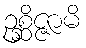
ဥစ္ဆိဇ္ဇာမိ